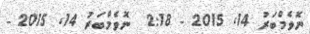
ނޮވެމްބަރު 14